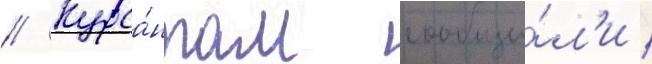
// Курса́нтам сообщи́л'и /